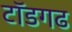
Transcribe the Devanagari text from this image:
टॉडगढ